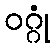
ဝဂ္ဂုံ